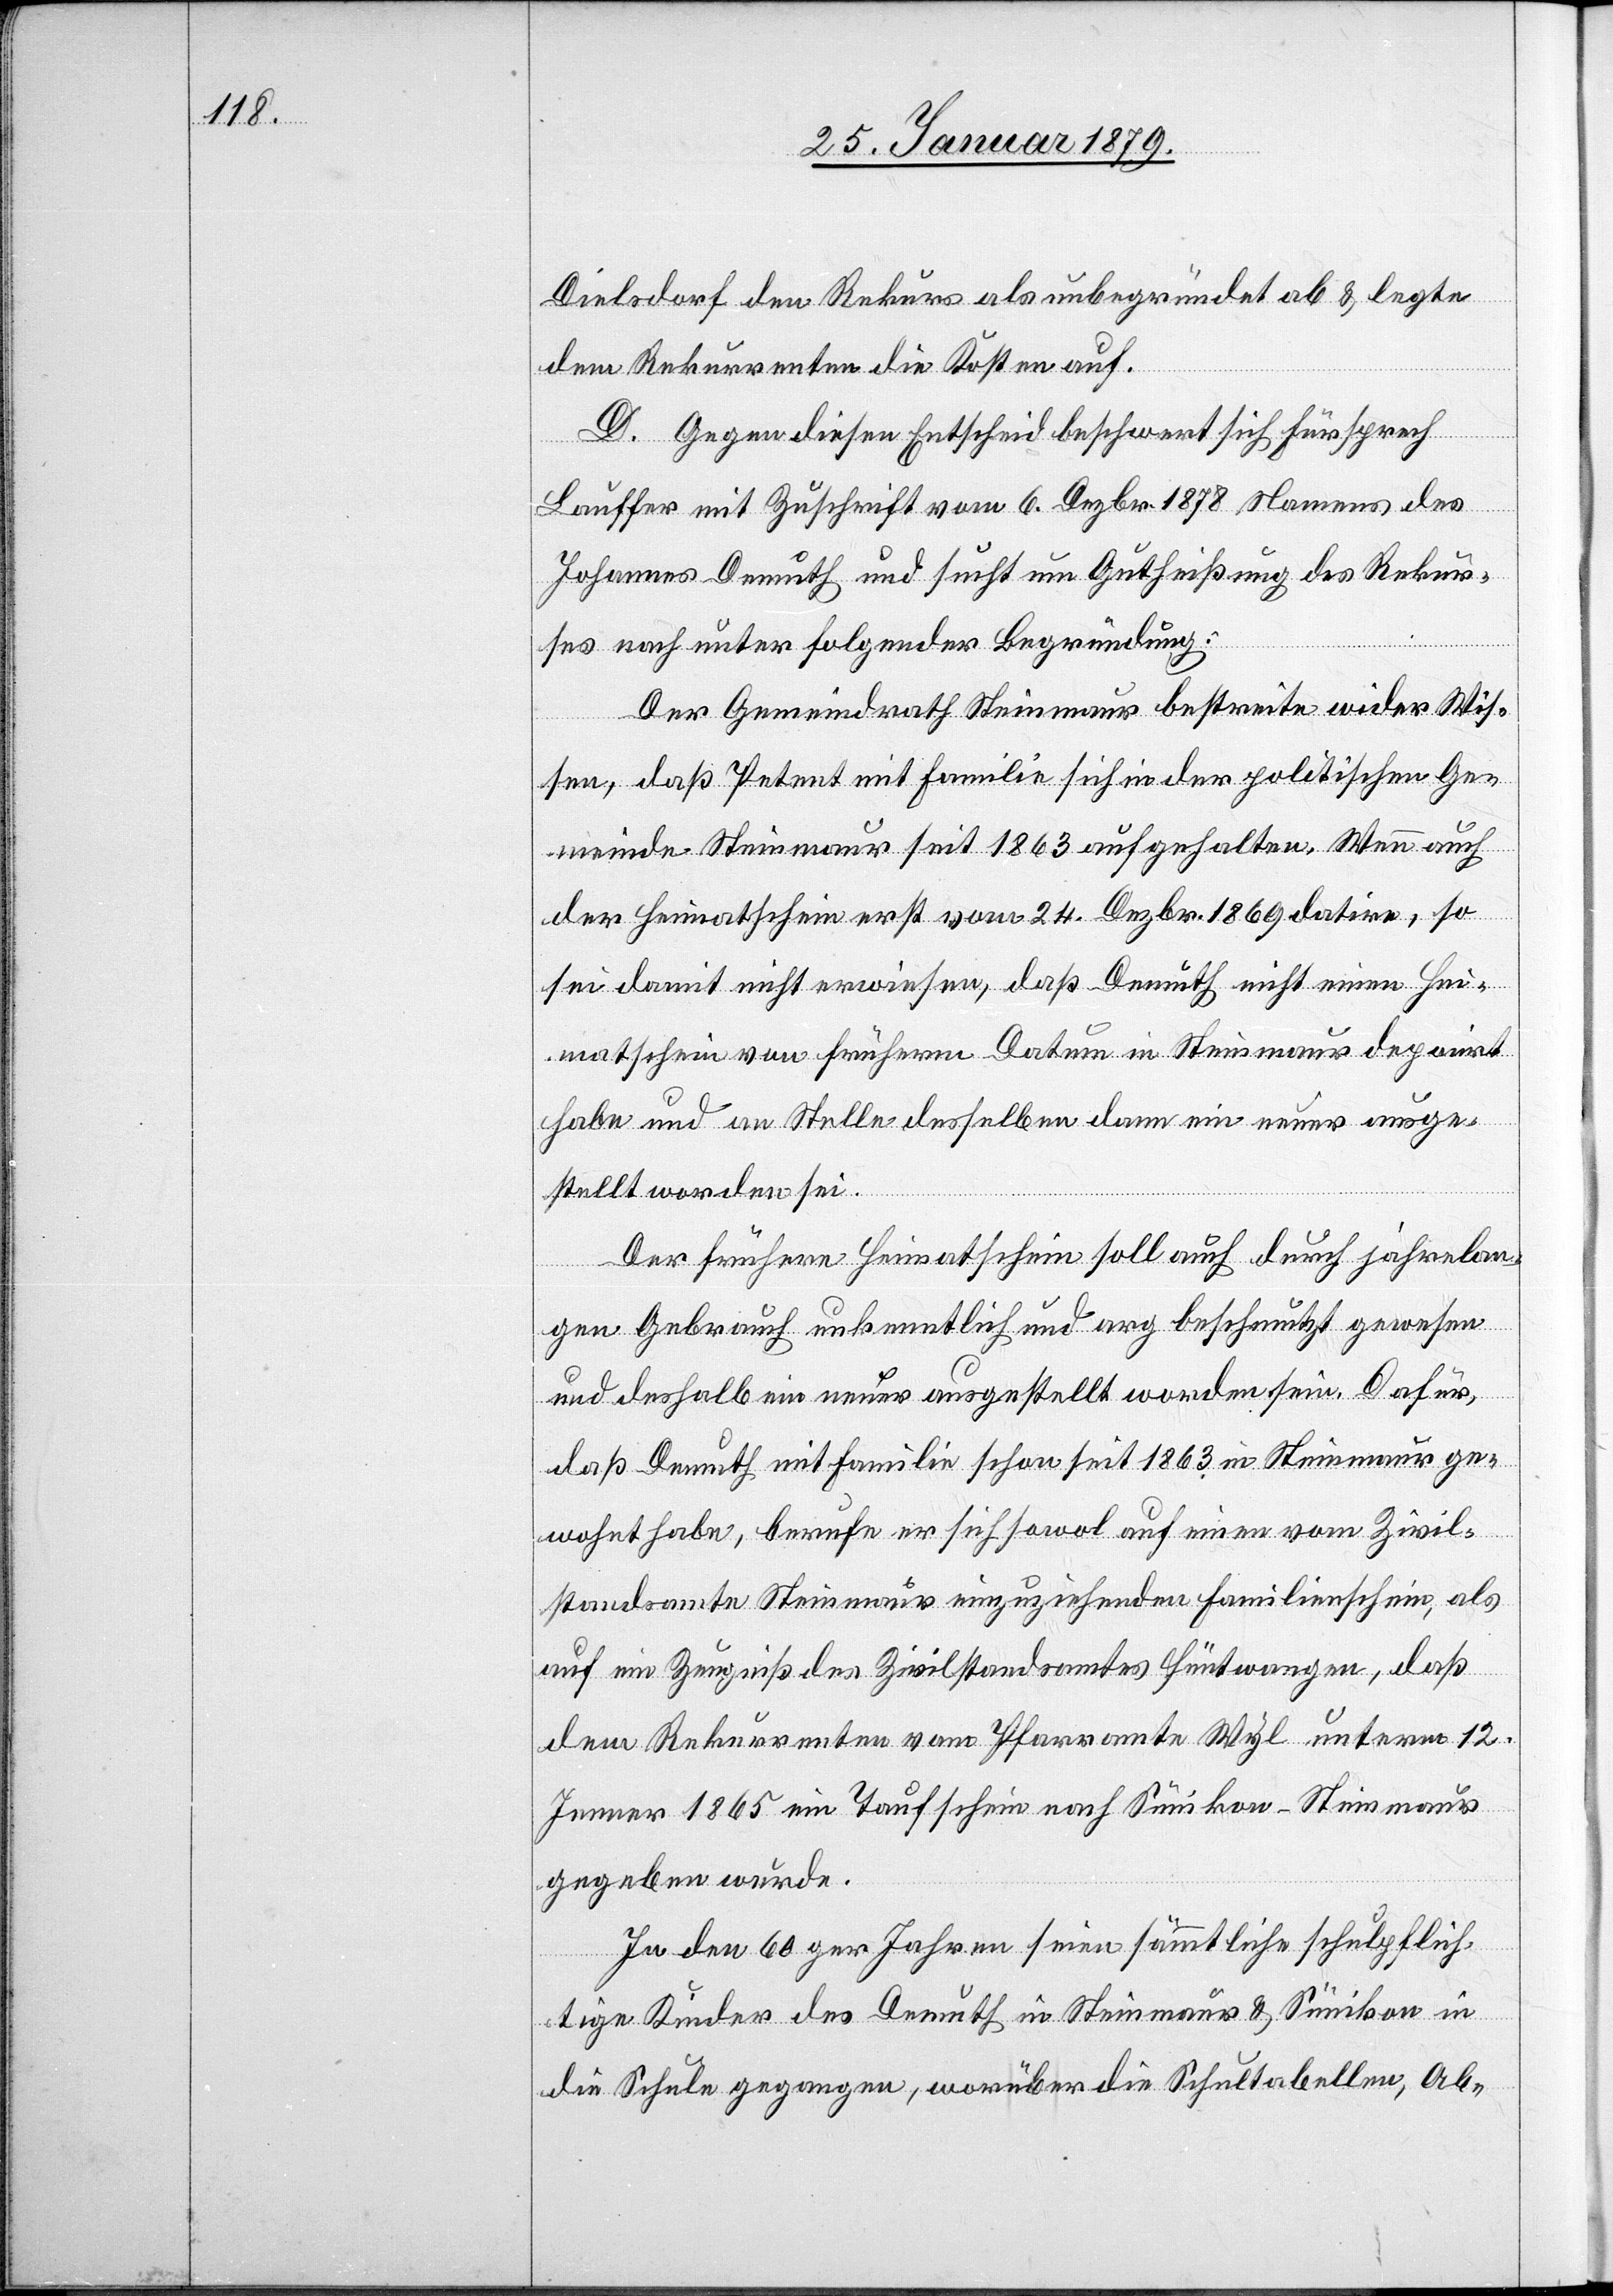
Dielsdorf den Rekurs als unbegründet ab & legte
dem Rekurrenten die Kosten auf.
D. Gegen diesen Entscheid beschwert sich Fürsprech
Lauffer mit Zuschrift vom 6. Dezbr. 1878 Namens des
Johannes Demuth und sucht um Gutheißung des Rekur¬
ses nach unter folgender Begründung:
Der Gemeindrath Steinmaur bestreite wider Wis¬
sen, daß Petent mit Familie sich in der politischen Ge¬
meinde Steinmaur seit 1863 aufgehalten. Wenn auch
der Heimatschein erst vom 24. Dezbr. 1869 datire, so
sei damit nicht erwiesen, daß Demuth nicht einen Hei¬
matschein von früherm Datum in Steinmaur deponirt
habe und an Stelle desselben dann ein neuer ausge¬
stellt worden sei.
Der frühere Heimatschein soll auch durch jahrelan¬
gen Gebrauch unkenntlich und arg beschmutzt gewesen
und deshalb ein neuer ausgestellt worden sein. Dafür,
daß Demuth mit Familie schon seit 1863 in Steinmaur ge¬
wohnt habe, berufe er sich sowol auf einen vom Zivil¬
standsamte Steinmaur einzuziehenden Familienschein, als
auf ein Zeugniß des Zivilstandsamtes Hüntwangen, daß
dem Rekurrenten vom Pfarramte Wyl unterm 12.
Jenner 1865 ein Taufschein nach Sünikon – Steinmaur
gegeben wurde.
In den 60ger Jahren seien sämmtliche schulpflich¬
tige Kinder des Demuth in Steinmaur & Sünikon in
die Schule gegangen, worüber die Schultabellen, Ab-